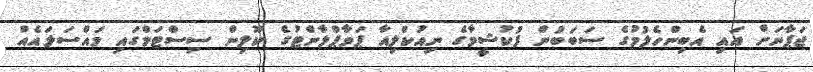
ޖަޕާނަށް އައި އެބިންހެލުމުގެ ސަބަބުން ފުކުޝީމާގެ ނިއުކްލިއާ ޕަވާޕްލާންޓުގެ ކޫލިން ސިސްޓަމްގައި މައްސަލައެއް